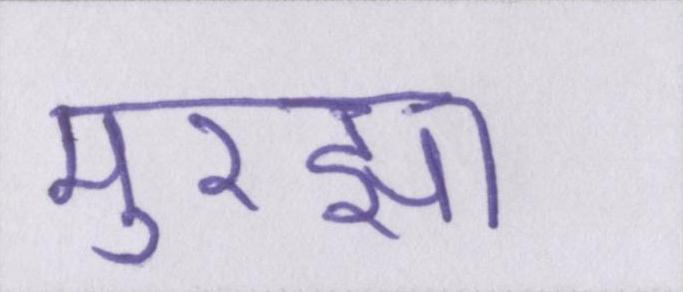
मुरझा